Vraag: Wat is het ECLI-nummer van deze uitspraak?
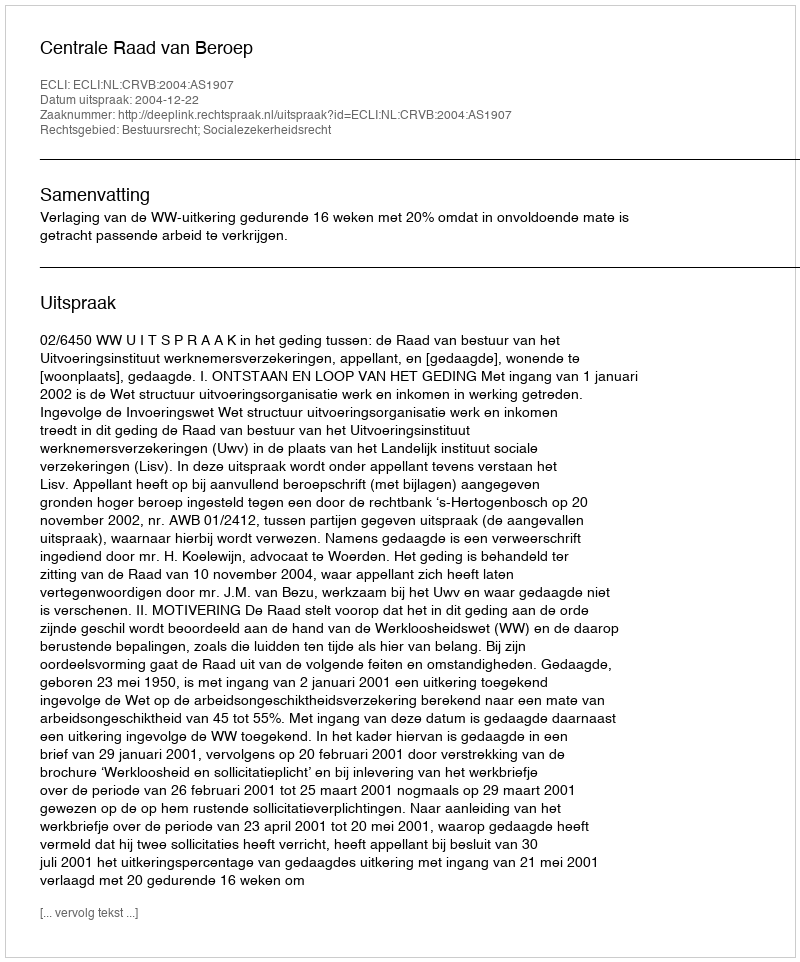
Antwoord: ECLI:NL:CRVB:2004:AS1907